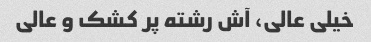
خیلی عالی، آش رشته پر کشک و عالی